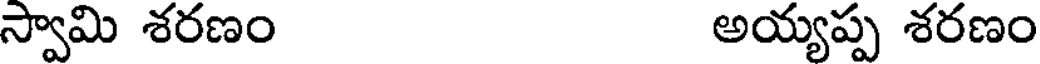
స్వామి శరణం అయ్యప్ప శరణం